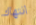
انتهاك